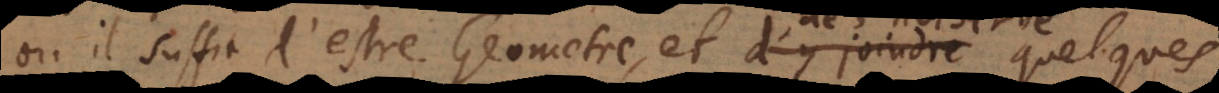
où il suffit d’estre Geometre, et d’y joindre de